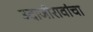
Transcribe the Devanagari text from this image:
उदाजीरावांचा